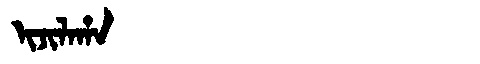
Manchu: ᡳᠵᡳᠯᠠᡥᠠ
Romanization: IJILAHA